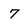
Character: 7